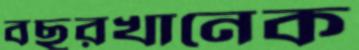
বছরখানেক